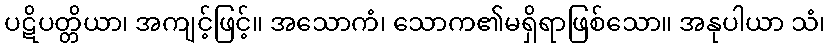
ပဋိပတ္တိယာ၊ အကျင့်ဖြင့်။ အသောကံ၊ သောက၏မရှိရာဖြစ်သော။ အနုပါယာ သံ၊